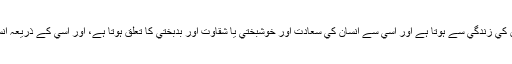
خدا پر ايمان اور مذہب كا مسئلہ بھي انھيں مسائل ميں سے ہے كيونكہ مذہب كا تعلق انسان كي زندگي سے ہوتا ہے اور اسي سے انسان كي سعادت اور خوشبختي يا شقاوت اور بدبختي كا تعلق ہوتا ہے، اور اسي كے ذريعہ انسان سعادت مند ہوتا ہے يا بدبخت ہوجاتا ہے،اور ان دونوں ميں ايك گہرا ربط پايا جاتا ہے۔